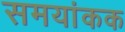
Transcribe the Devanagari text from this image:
समयांकक